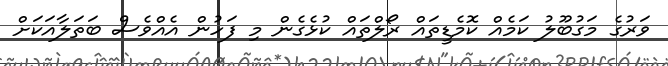
ވަރުގެ މަގުބޫލު ކަމެއް ކޮމެޑީތައް ރޯލްތައް ކުޅެގެން މި ފަހުން އެއްވެސް ބަތަލާއަކަށް